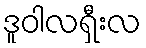
ဒူဝါလရှီးလ